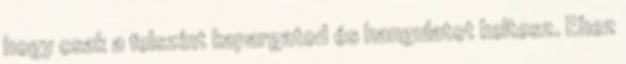
hogy csak a felszínt kapargatod és hangulatot keltesz. Ehez